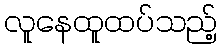
လူနေထူထပ်သည့်